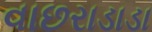
વાછરાડાડા